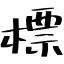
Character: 標